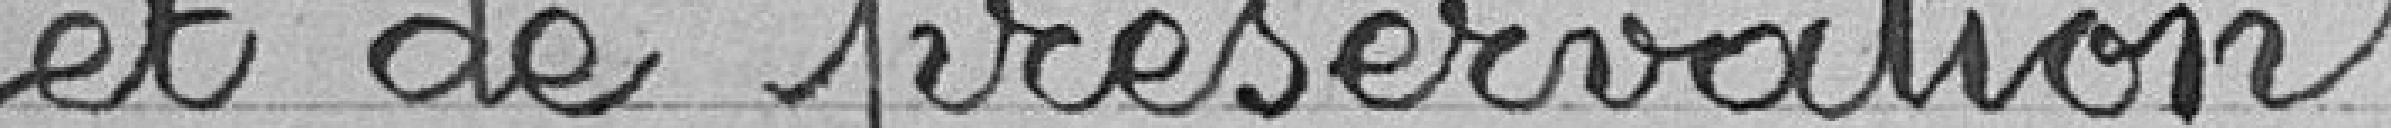
et de préservations